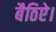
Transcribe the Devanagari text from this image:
बैठिऐ।